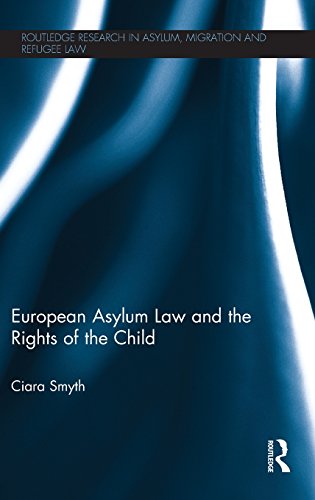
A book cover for European Asylum Law and the Rights of the Child (Routledge Research in Asylum, Migration and Refugee Law); Ciara Smyth; Law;